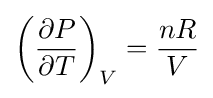
\left({\frac {\partial P}{\partial T}}\right)_{V}={\frac {nR}{V}}